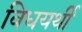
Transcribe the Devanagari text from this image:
विधयर्थी